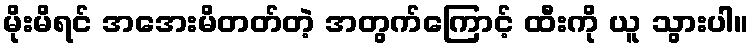
မိုးမိရင် အအေးမိတတ်တဲ့ အတွက်ကြောင့် ထီးကို ယူ သွားပါ။